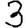
Digit: 3